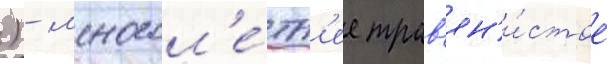
) - многол'е́тн'ее трав'ян'и́стое